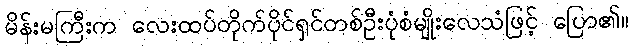
မိန်းမကြီးက လေးထပ်တိုက်ပိုင်ရှင်တစ်ဦးပုံစံမျိုးလေသံဖြင့် ပြော၏။